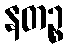
နတဉ္စ